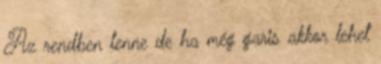
Az rendben lenne de ha még garis akkor lehet